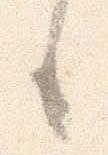
日